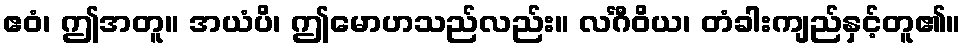
ဧဝံ၊ ဤအတူ။ အယံပိ၊ ဤမောဟသည်လည်း။ လင်္ဂီဝိယ၊ တံခါးကျည်နှင့်တူ၏။